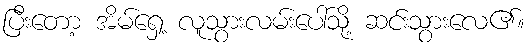
ပြီးတော့ အိမ်ရှေ့ လူသွားလမ်းပေါ်သို့ ဆင်းသွားလေ၏။